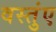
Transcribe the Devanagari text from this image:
वस्तुंए